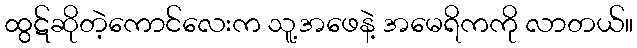
ထွဋ်ဆိုတဲ့ကောင်လေးက သူ့အဖေနဲ့ အမေရိကကို လာတယ်။